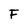
Character: F